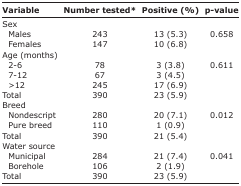
<table><thead><tr><td><b>Variable</b></td><td><b>Number tested*</b></td><td><b>Positive (%)</b></td><td><b>p-value</b></td></tr></thead><tbody><tr><td>Sex</td><td></td><td></td><td></td></tr><tr><td>Males</td><td>243</td><td>13 (5.3)</td><td>0.658</td></tr><tr><td>Females</td><td>147</td><td>10 (6.8)</td><td></td></tr><tr><td>Age (months)</td><td></td><td></td><td></td></tr><tr><td>2-6</td><td>78</td><td>3 (3.8)</td><td>0.611</td></tr><tr><td>7-12</td><td>67</td><td>3 (4.5)</td><td></td></tr><tr><td>&gt;12</td><td>245</td><td>17 (6.9)</td><td></td></tr><tr><td>Total</td><td>390</td><td>23 (5.9)</td><td></td></tr><tr><td>Breed</td><td></td><td></td><td></td></tr><tr><td>Nondescript</td><td>280</td><td>20 (7.1)</td><td>0.012</td></tr><tr><td>Pure breed</td><td>110</td><td>1 (0.9)</td><td></td></tr><tr><td>Total</td><td>390</td><td>21 (5.4)</td><td></td></tr><tr><td>Water source</td><td></td><td></td><td></td></tr><tr><td>Municipal</td><td>284</td><td>21 (7.4)</td><td>0.041</td></tr><tr><td>Borehole</td><td>106</td><td>2 (1.9)</td><td></td></tr><tr><td>Total</td><td>390</td><td>23 (5.9)</td><td></td></tr></tbody></table>